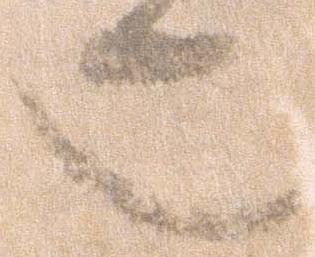
也